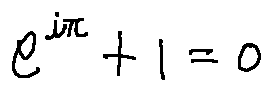
e ^ { i \pi } + 1 = 0